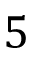
5